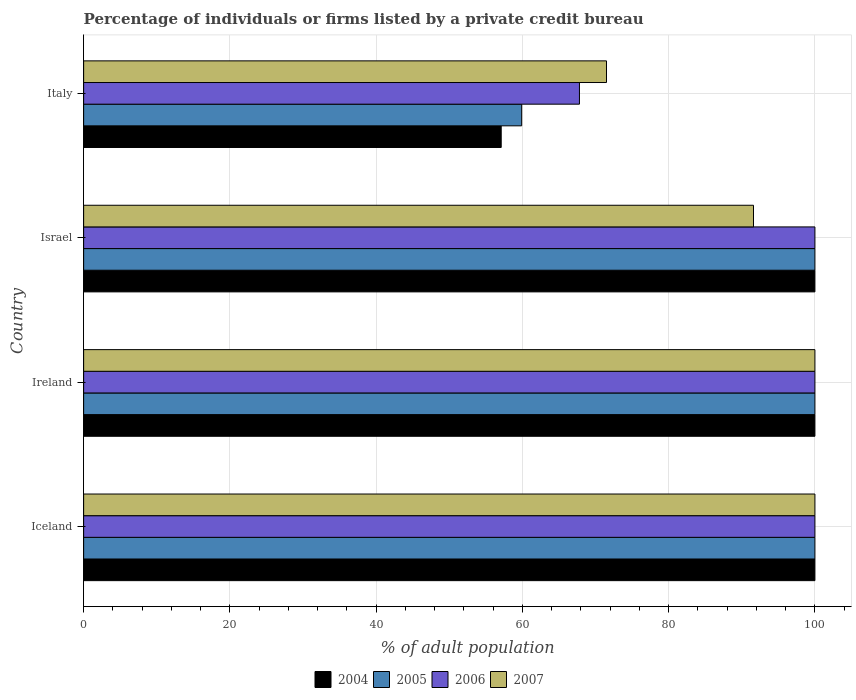
| Country | 2004 | 2005 | 2006 | 2007 |
 | --- | --- | --- | --- | --- |
 | Iceland | 100 | 100 | 100 | 100 |
 | Ireland | 100 | 100 | 100 | 100 |
 | Israel | 100 | 100 | 100 | 91.6 |
 | Italy | 57.1 | 59.9 | 67.8 | 71.5 |